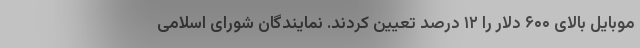
موبایل بالای ۶۰۰ دلار را ۱۲ درصد تعیین کردند. نمایندگان شورای اسلامی